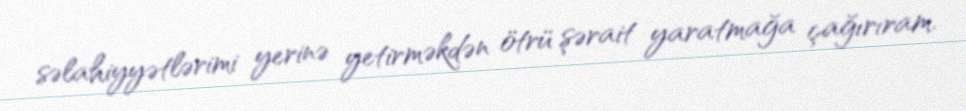
səlahiyyətlərimi yerinə yetirməkdən ötrü şərait yaratmağa çağırıram.